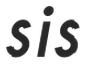
sis